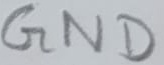
Text: GND